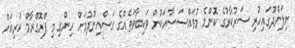
ނިލަންދޫގައިހުރި ސަރުކާރުގެ ކޮންމެ މުވައްސަސާއަކުން ވަކިބާވަތެއްގެ ގަސްއިންދުމަށް ހިންގި މި ޕްރޮގްރާމް ކުރިއަށް